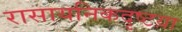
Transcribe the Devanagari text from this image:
रासायनिकदृष्टय़ा